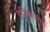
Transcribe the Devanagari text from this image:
ईजिप्तची